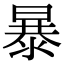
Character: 暴